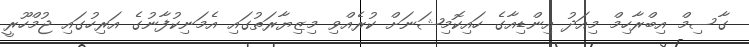
ގާސިމް އިބްރާހިމް މިއަދު އިންޑިއާގެ ހައިކޮމިޝަނަށް ކުރެއްވި މިޒިޔާރަތުގައި އެމަނިކުފާނުގެ އަރިހުގައި ޖުމްހޫރީ